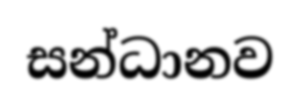
සන්ධානව